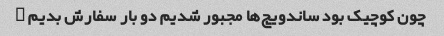
چون کوچیک بود ساندویچ‌ها مجبور شدیم دو بار سفارش بدیم …